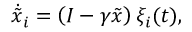
\dot { \tilde { x } } _ { i } = \left( I - \gamma \tilde { x } \right) \xi _ { i } ( t ) ,